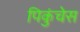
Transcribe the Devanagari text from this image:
पिकुंचेस